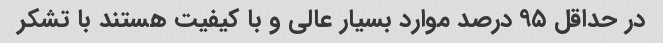
در حداقل ۹۵ درصد موارد بسیار عالی و با کیفیت هستند با تشکر